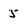
Character: 5